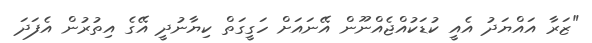
"ޒަރާ އައްޔަދު އެއީ ކުޑަކުއްޖެއްނޫން އޭނައަށް ހަގީގަތް ކިޔާނުދީ އޭގެ އިތުރުން އެފަދަ